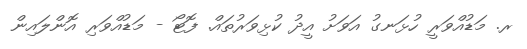
ރ. މަޑުއްވަރީ ހުޅަނގު އަވަށު އީދު ކުޅިވަރުތައް. ފޮޓޯ - މަޑުއްވަރި އޮންލައިން